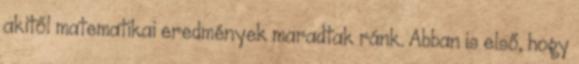
akitől matematikai eredmények maradtak ránk. Abban is első, hogy